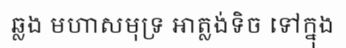
ឆ្លង មហាសមុទ្រ អាត្លង់ទិច ទៅក្នុង